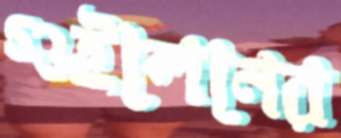
গুইলেনের